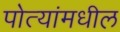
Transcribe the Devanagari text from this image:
पोत्यांमधील